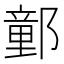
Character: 𨝯